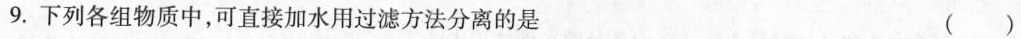
9.下列各组物质中，可直接加水用过滤方法分离的是 ()